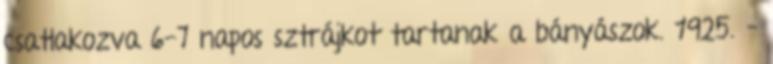
csatlakozva 6-7 napos sztrájkot tartanak a bányászok. 1925. –